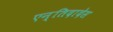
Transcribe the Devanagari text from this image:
एन्तिदादेस